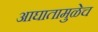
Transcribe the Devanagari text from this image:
आघातामुळेच